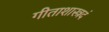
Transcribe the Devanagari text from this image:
गीताशास्त्रदं